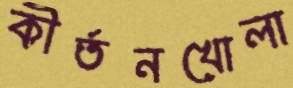
কীর্তনখোলা